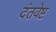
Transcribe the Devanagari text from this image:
दंतवेष्ट